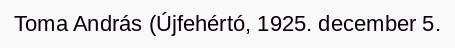
Toma András (Újfehértó, 1925. december 5.